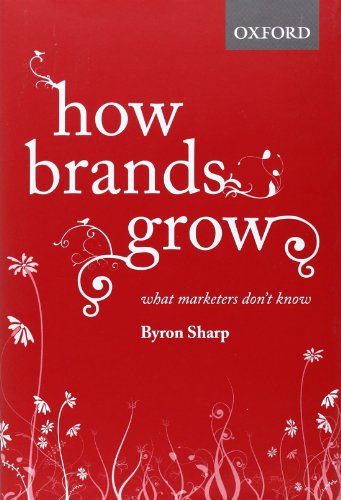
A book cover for How Brands Grow: What Marketers Don't Know; Byron Sharp; Business & Money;